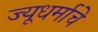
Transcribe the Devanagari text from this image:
ज्यूधर्माचे